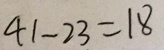
4 1 - 2 3 = 1 8